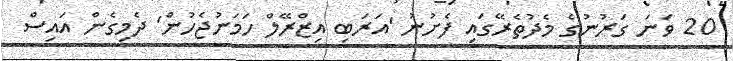
20 ވަނަ ގަރުނުގެ މެދުތެރޭގައި ފެށުނު 'އަރަބި އިޒްރޭލް ހަމަނުޖެހުން' ދެމިގެން އައިސް